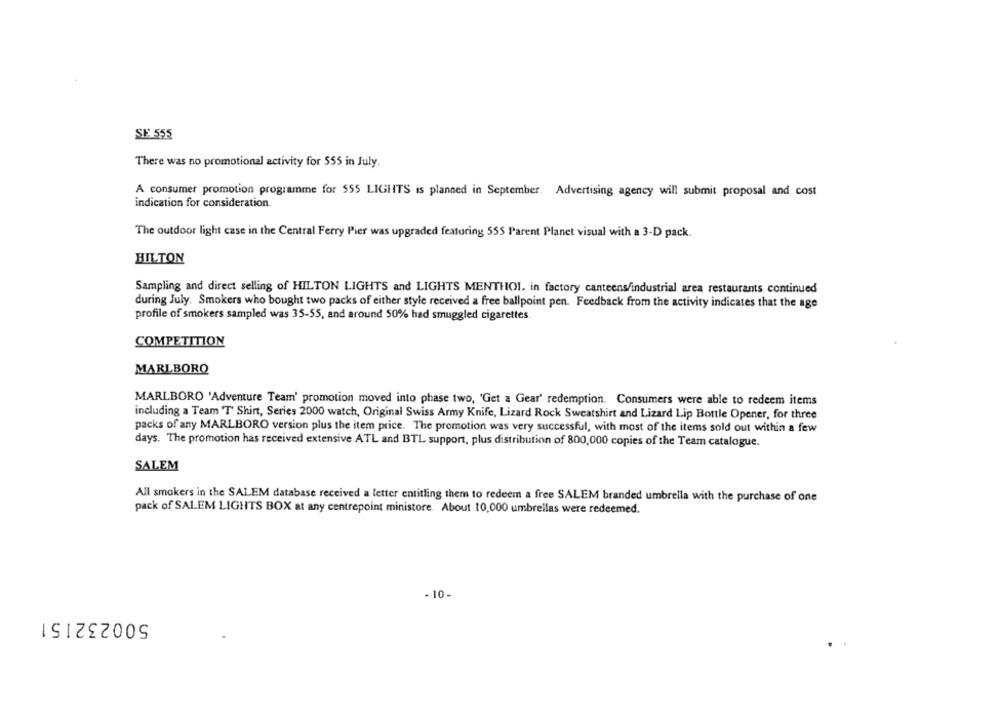
SE 555
There was no promotional activity for 555 in July.
A consumer promotion programme for 555 LIGHTS is planned in September. Advertising agency will submit proposal and cost
indication for consideration.
The outdoor light case in the Central Ferry Pier was upgraded featuring 555 Parent Planet visual with a 3-D pack.
HILTON
Sampling and direct selling of HILTON LIGHTS and LIGHTS MENTHOL. in factory canteens/industrial area restaurants continued
during July. Smokers who bought two packs of either style received a free ballpoint pen. Feedback from the activity indicates that the age
profile of smokers sampled was 35-55, and around 50% had smuggled cigarettes
COMPETITION
MARLBORO
MARLBORO 'Adventure Team' promotion moved into phase two, 'Get a Gear' redemption. Consumers were able to redeem items
including a Team T Shirt, Series 2000 watch, Original Swiss Army Knife, Lizard Rock Sweatshirt and Lizard Lip Bottle Opener, for three
packs of any MARLBORO version plus the item price. The promotion was very successful, with most of the items sold out within a few
days. The promotion has received extensive ATL and BTL support, plus distribution of 800,000 copies of the Team catalogue.
SALEM
All smokers in the SALEM database received a letter entitling them to redeem a free SALEM branded umbrella with the purchase of one
pack of SALEM LIGHTS BOX at any centrepoint ministore. About 10,000 umbrellas were redeemed.
. 10.
500232151